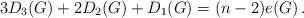
\begin{align*} 3D_3(G)+2D_2(G)+D_1(G) = (n-2)e(G) \,.\end{align*}